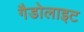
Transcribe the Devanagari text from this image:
गैडोलाइट